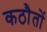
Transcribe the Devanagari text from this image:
कठौतों